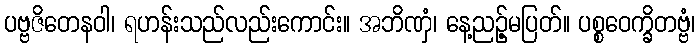
ပဗ္ဗဇိတေနဝါ၊ ရဟန်းသည်လည်းကောင်း။ အဘိဏှံ၊ နေ့ညဉ့်မပြတ်။ ပစ္စဝေက္ခိတဗ္ဗံ၊